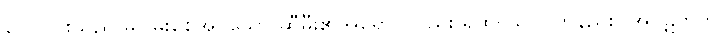
လေပြင်းသည် မငြိမ်းစေအပ်သော ဆီမီး၏အရောင်လည်း ရှိထသော။ တနည်း။ အပ္ပဋိဟတ